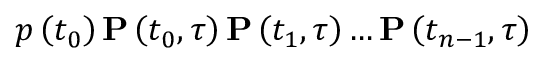
p \left( t _ { 0 } \right) \mathbf { P } \left( t _ { 0 } , \tau \right) \mathbf { P } \left( t _ { 1 } , \tau \right) \ldots \mathbf { P } \left( t _ { n - 1 } , \tau \right)